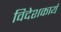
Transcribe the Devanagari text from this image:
विदेशकार्य